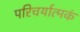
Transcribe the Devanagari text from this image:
परिचर्यात्मकं